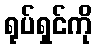
ရုပ်ရှင်ကို